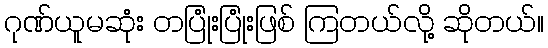
ဂုဏ်ယူမဆုံး တပြုံးပြုံးဖြစ် ကြတယ်လို့ ဆိုတယ်။